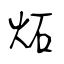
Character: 炻